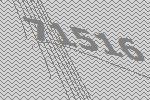
71516